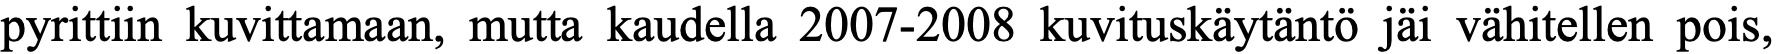
pyrittiin kuvittamaan, mutta kaudella 2007-2008 kuvituskäytäntö jäi vähitellen pois,